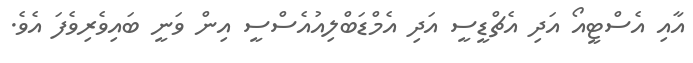
އާއި އެސްޓީއޯ އަދި އެޗްޑީސީ އަދި އެމްޑަބްލިއުއެސްސީ އިން ވަނީ ބައިވެރިވެފަ އެވެ.